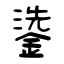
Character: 鍌